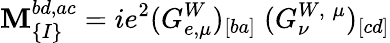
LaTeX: \mathbf{M}_{\{ I\} }^{bd,ac}=ie^{2}(G_{e,\mu}^{W})_{[ba]}\; (G_{\nu}^{W,\; \mu})_{[cd]}